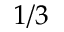
1 / 3